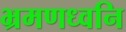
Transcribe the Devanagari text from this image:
भ्रमणध्वनि